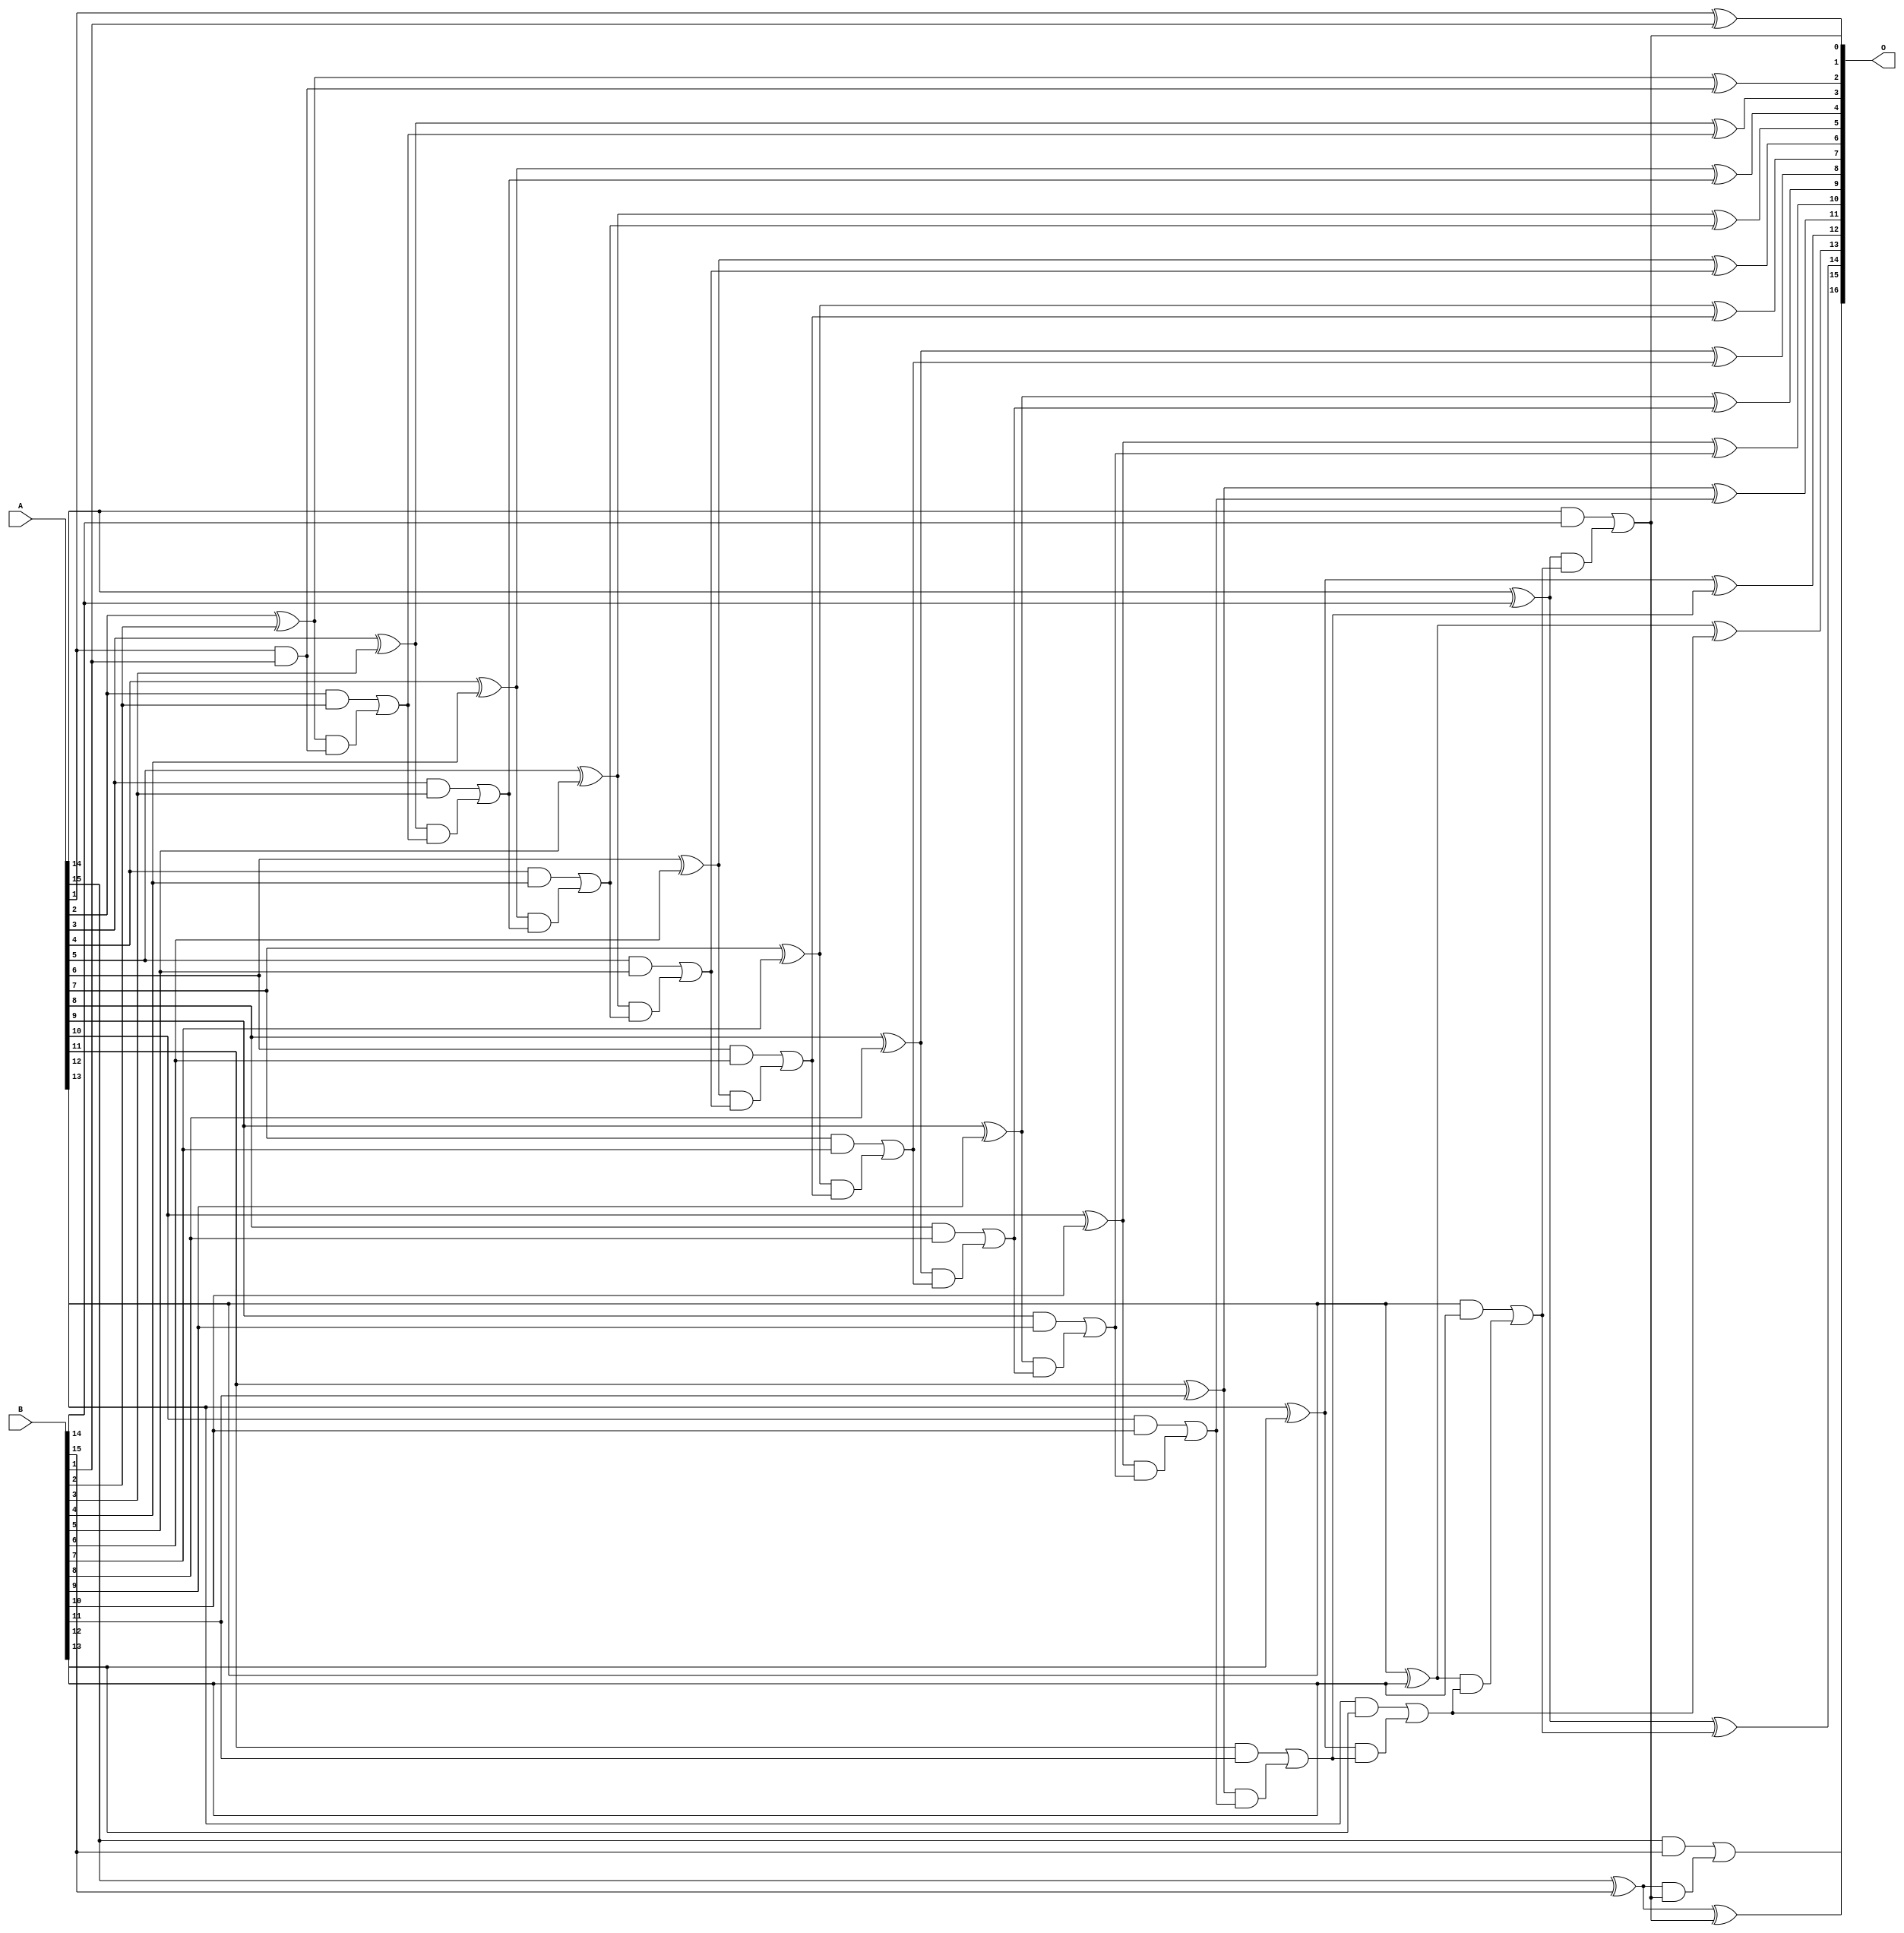
// This program was cloned from: https://github.com/ehw-fit/evoapproxlib
// License: MIT License

/***
* This code is a part of EvoApproxLib library (ehw.fit.vutbr.cz/approxlib) distributed under The MIT License.
* When used, please cite the following article(s): V. Mrazek, L. Sekanina, Z. Vasicek "Libraries of Approximate Circuits: Automated Design and Application in CNN Accelerators" IEEE Journal on Emerging and Selected Topics in Circuits and Systems, Vol 10, No 4, 2020 
* This file contains a circuit from a sub-set of pareto optimal circuits with respect to the pwr and mre parameters
***/
// MAE% = 0.00061 %
// MAE = 0.8 
// WCE% = 0.0015 %
// WCE = 2.0 
// WCRE% = 100.00 %
// EP% = 62.50 %
// MRE% = 0.0017 %
// MSE = 1.0 
// PDK45_PWR = 0.067 mW
// PDK45_AREA = 132.8 um2
// PDK45_DELAY = 1.20 ns


module add16u_1B4(A, B, O);
  input [15:0] A, B;
  output [16:0] O;
  wire sig_34, sig_35, sig_36, sig_38, sig_39, sig_40;
  wire sig_41, sig_43, sig_44, sig_45, sig_46, sig_48;
  wire sig_49, sig_50, sig_51, sig_53, sig_54, sig_55;
  wire sig_56, sig_58, sig_59, sig_60, sig_61, sig_63;
  wire sig_64, sig_65, sig_66, sig_68, sig_69, sig_70;
  wire sig_71, sig_73, sig_74, sig_75, sig_76, sig_78;
  wire sig_79, sig_80, sig_81, sig_83, sig_84, sig_85;
  wire sig_86, sig_88, sig_89, sig_90, sig_91, sig_93;
  wire sig_94, sig_95, sig_96, sig_98, sig_99, sig_100;
  wire sig_101, sig_104, sig_105, sig_106;
  assign sig_34 = A[1] ^ B[1];
  assign sig_35 = A[1] & B[1];
  assign sig_36 = 1'b0;
  assign O[1] = sig_34;
  assign sig_38 = sig_35 | sig_36;
  assign sig_39 = A[2] ^ B[2];
  assign sig_40 = A[2] & B[2];
  assign sig_41 = sig_39 & sig_38;
  assign O[2] = sig_39 ^ sig_38;
  assign sig_43 = sig_40 | sig_41;
  assign sig_44 = A[3] ^ B[3];
  assign sig_45 = A[3] & B[3];
  assign sig_46 = sig_44 & sig_43;
  assign O[3] = sig_44 ^ sig_43;
  assign sig_48 = sig_45 | sig_46;
  assign sig_49 = A[4] ^ B[4];
  assign sig_50 = A[4] & B[4];
  assign sig_51 = sig_49 & sig_48;
  assign O[4] = sig_49 ^ sig_48;
  assign sig_53 = sig_50 | sig_51;
  assign sig_54 = A[5] ^ B[5];
  assign sig_55 = A[5] & B[5];
  assign sig_56 = sig_54 & sig_53;
  assign O[5] = sig_54 ^ sig_53;
  assign sig_58 = sig_55 | sig_56;
  assign sig_59 = A[6] ^ B[6];
  assign sig_60 = A[6] & B[6];
  assign sig_61 = sig_59 & sig_58;
  assign O[6] = sig_59 ^ sig_58;
  assign sig_63 = sig_60 | sig_61;
  assign sig_64 = A[7] ^ B[7];
  assign sig_65 = A[7] & B[7];
  assign sig_66 = sig_64 & sig_63;
  assign O[7] = sig_64 ^ sig_63;
  assign sig_68 = sig_65 | sig_66;
  assign sig_69 = A[8] ^ B[8];
  assign sig_70 = A[8] & B[8];
  assign sig_71 = sig_69 & sig_68;
  assign O[8] = sig_69 ^ sig_68;
  assign sig_73 = sig_70 | sig_71;
  assign sig_74 = A[9] ^ B[9];
  assign sig_75 = A[9] & B[9];
  assign sig_76 = sig_74 & sig_73;
  assign O[9] = sig_74 ^ sig_73;
  assign sig_78 = sig_75 | sig_76;
  assign sig_79 = A[10] ^ B[10];
  assign sig_80 = A[10] & B[10];
  assign sig_81 = sig_79 & sig_78;
  assign O[10] = sig_79 ^ sig_78;
  assign sig_83 = sig_80 | sig_81;
  assign sig_84 = A[11] ^ B[11];
  assign sig_85 = A[11] & B[11];
  assign sig_86 = sig_84 & sig_83;
  assign O[11] = sig_84 ^ sig_83;
  assign sig_88 = sig_85 | sig_86;
  assign sig_89 = A[12] ^ B[12];
  assign sig_90 = A[12] & B[12];
  assign sig_91 = sig_89 & sig_88;
  assign O[12] = sig_89 ^ sig_88;
  assign sig_93 = sig_90 | sig_91;
  assign sig_94 = A[13] ^ B[13];
  assign sig_95 = A[13] & B[13];
  assign sig_96 = sig_94 & sig_93;
  assign O[13] = sig_94 ^ sig_93;
  assign sig_98 = sig_95 | sig_96;
  assign sig_99 = A[14] ^ B[14];
  assign sig_100 = A[14] & B[14];
  assign sig_101 = sig_99 & sig_98;
  assign O[14] = sig_99 ^ sig_98;
  assign O[0] = sig_100 | sig_101;
  assign sig_104 = A[15] ^ B[15];
  assign sig_105 = A[15] & B[15];
  assign sig_106 = sig_104 & O[0];
  assign O[15] = sig_104 ^ O[0];
  assign O[16] = sig_105 | sig_106;
endmodule